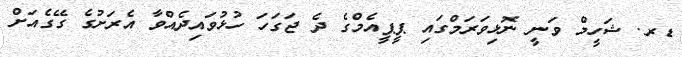
ޑރ. ޝަހީމް ވަނީ ނޮޅިވަރަމްގައި ޕީޕީއެމްގެ ދެ ޖަގަހަ ހުޅުވައިދެއްވާ އެރަށުގެ ގޭގެއަށް